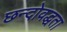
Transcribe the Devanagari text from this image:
छन्दोवद्धता